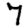
Digit: 7